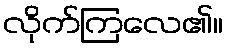
လိုက်ကြလေ၏။